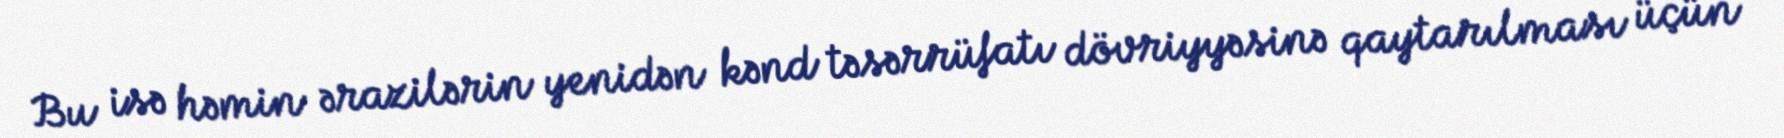
Bu isə həmin ərazilərin yenidən kənd təsərrüfatı dövriyyəsinə qaytarılması üçün